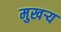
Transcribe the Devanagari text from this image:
मुखर्‍य